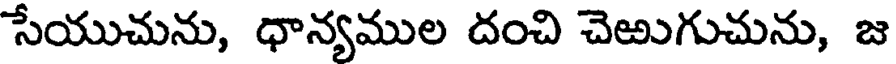
సేయుచును, ధాన్యముల దంచి చెఱుగుచును, జ